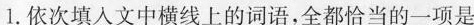
1.依次填入文中横线上的词语，全都恰当的一项是()